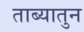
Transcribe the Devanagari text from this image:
ताब्यातुन